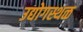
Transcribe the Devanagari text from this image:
उद्योगस्थळ